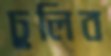
ঢুলিব